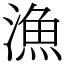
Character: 漁